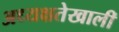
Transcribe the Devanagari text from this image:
अध्यक्षतेखालीं